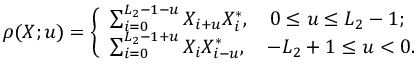
\begin{array} { r } { \rho ( { \boldsymbol X } ; u ) = \left\{ \begin{array} { l l } { \sum _ { i = 0 } ^ { L _ { 2 } - 1 - u } { X _ { i + u } } { X _ { i } ^ { * } } , \quad 0 \leq u \leq L _ { 2 } - 1 ; } \\ { \sum _ { i = 0 } ^ { L _ { 2 } - 1 + u } { X _ { i } } { X _ { i - u } ^ { * } } , \quad - L _ { 2 } + 1 \leq u < 0 . } \end{array} \right. } \end{array}